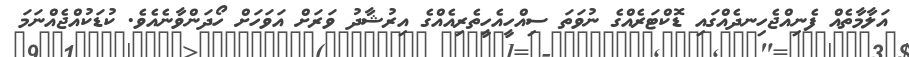
އަލާމާތެއް ފެނިއްޖެހިނދެއްގައި ޑޮކްޓަރެއްގެ ނުވަތަ ސިއްހީއެހީތެރިއެއްގެ އިރުޝާދު ވަރަށް އަވަހަށް ހޯދަންވާނެއެވެ. ކުޑަކުއްޖެއްނަމަ